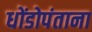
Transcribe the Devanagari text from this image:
धोंडोपंताना